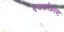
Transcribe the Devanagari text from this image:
एक्सीक्राफ्ट